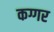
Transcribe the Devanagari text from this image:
कग्गर